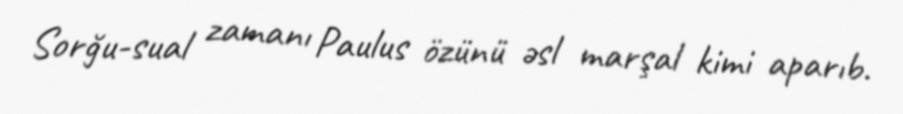
Sorğu-sual zamanı Paulus özünü əsl marşal kimi aparıb.